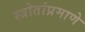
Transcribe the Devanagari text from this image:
स्त्रोतांप्रमाणे